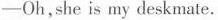
-Oh,she is my deskmate.